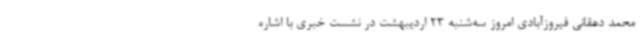
محمد دهقانی فیروزآبادی امروز سه‌شنبه 23 اردیبهشت در نشست خبری با اشاره